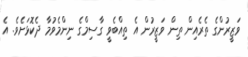
ވަޒީރުންގެ ތެރެއިން ތިން ވަޒީރުން އެ ތިއްބެވީ ގާސިމްގެ ނިންމެވުމާ ދެކޮޅަށެވެ. އެ